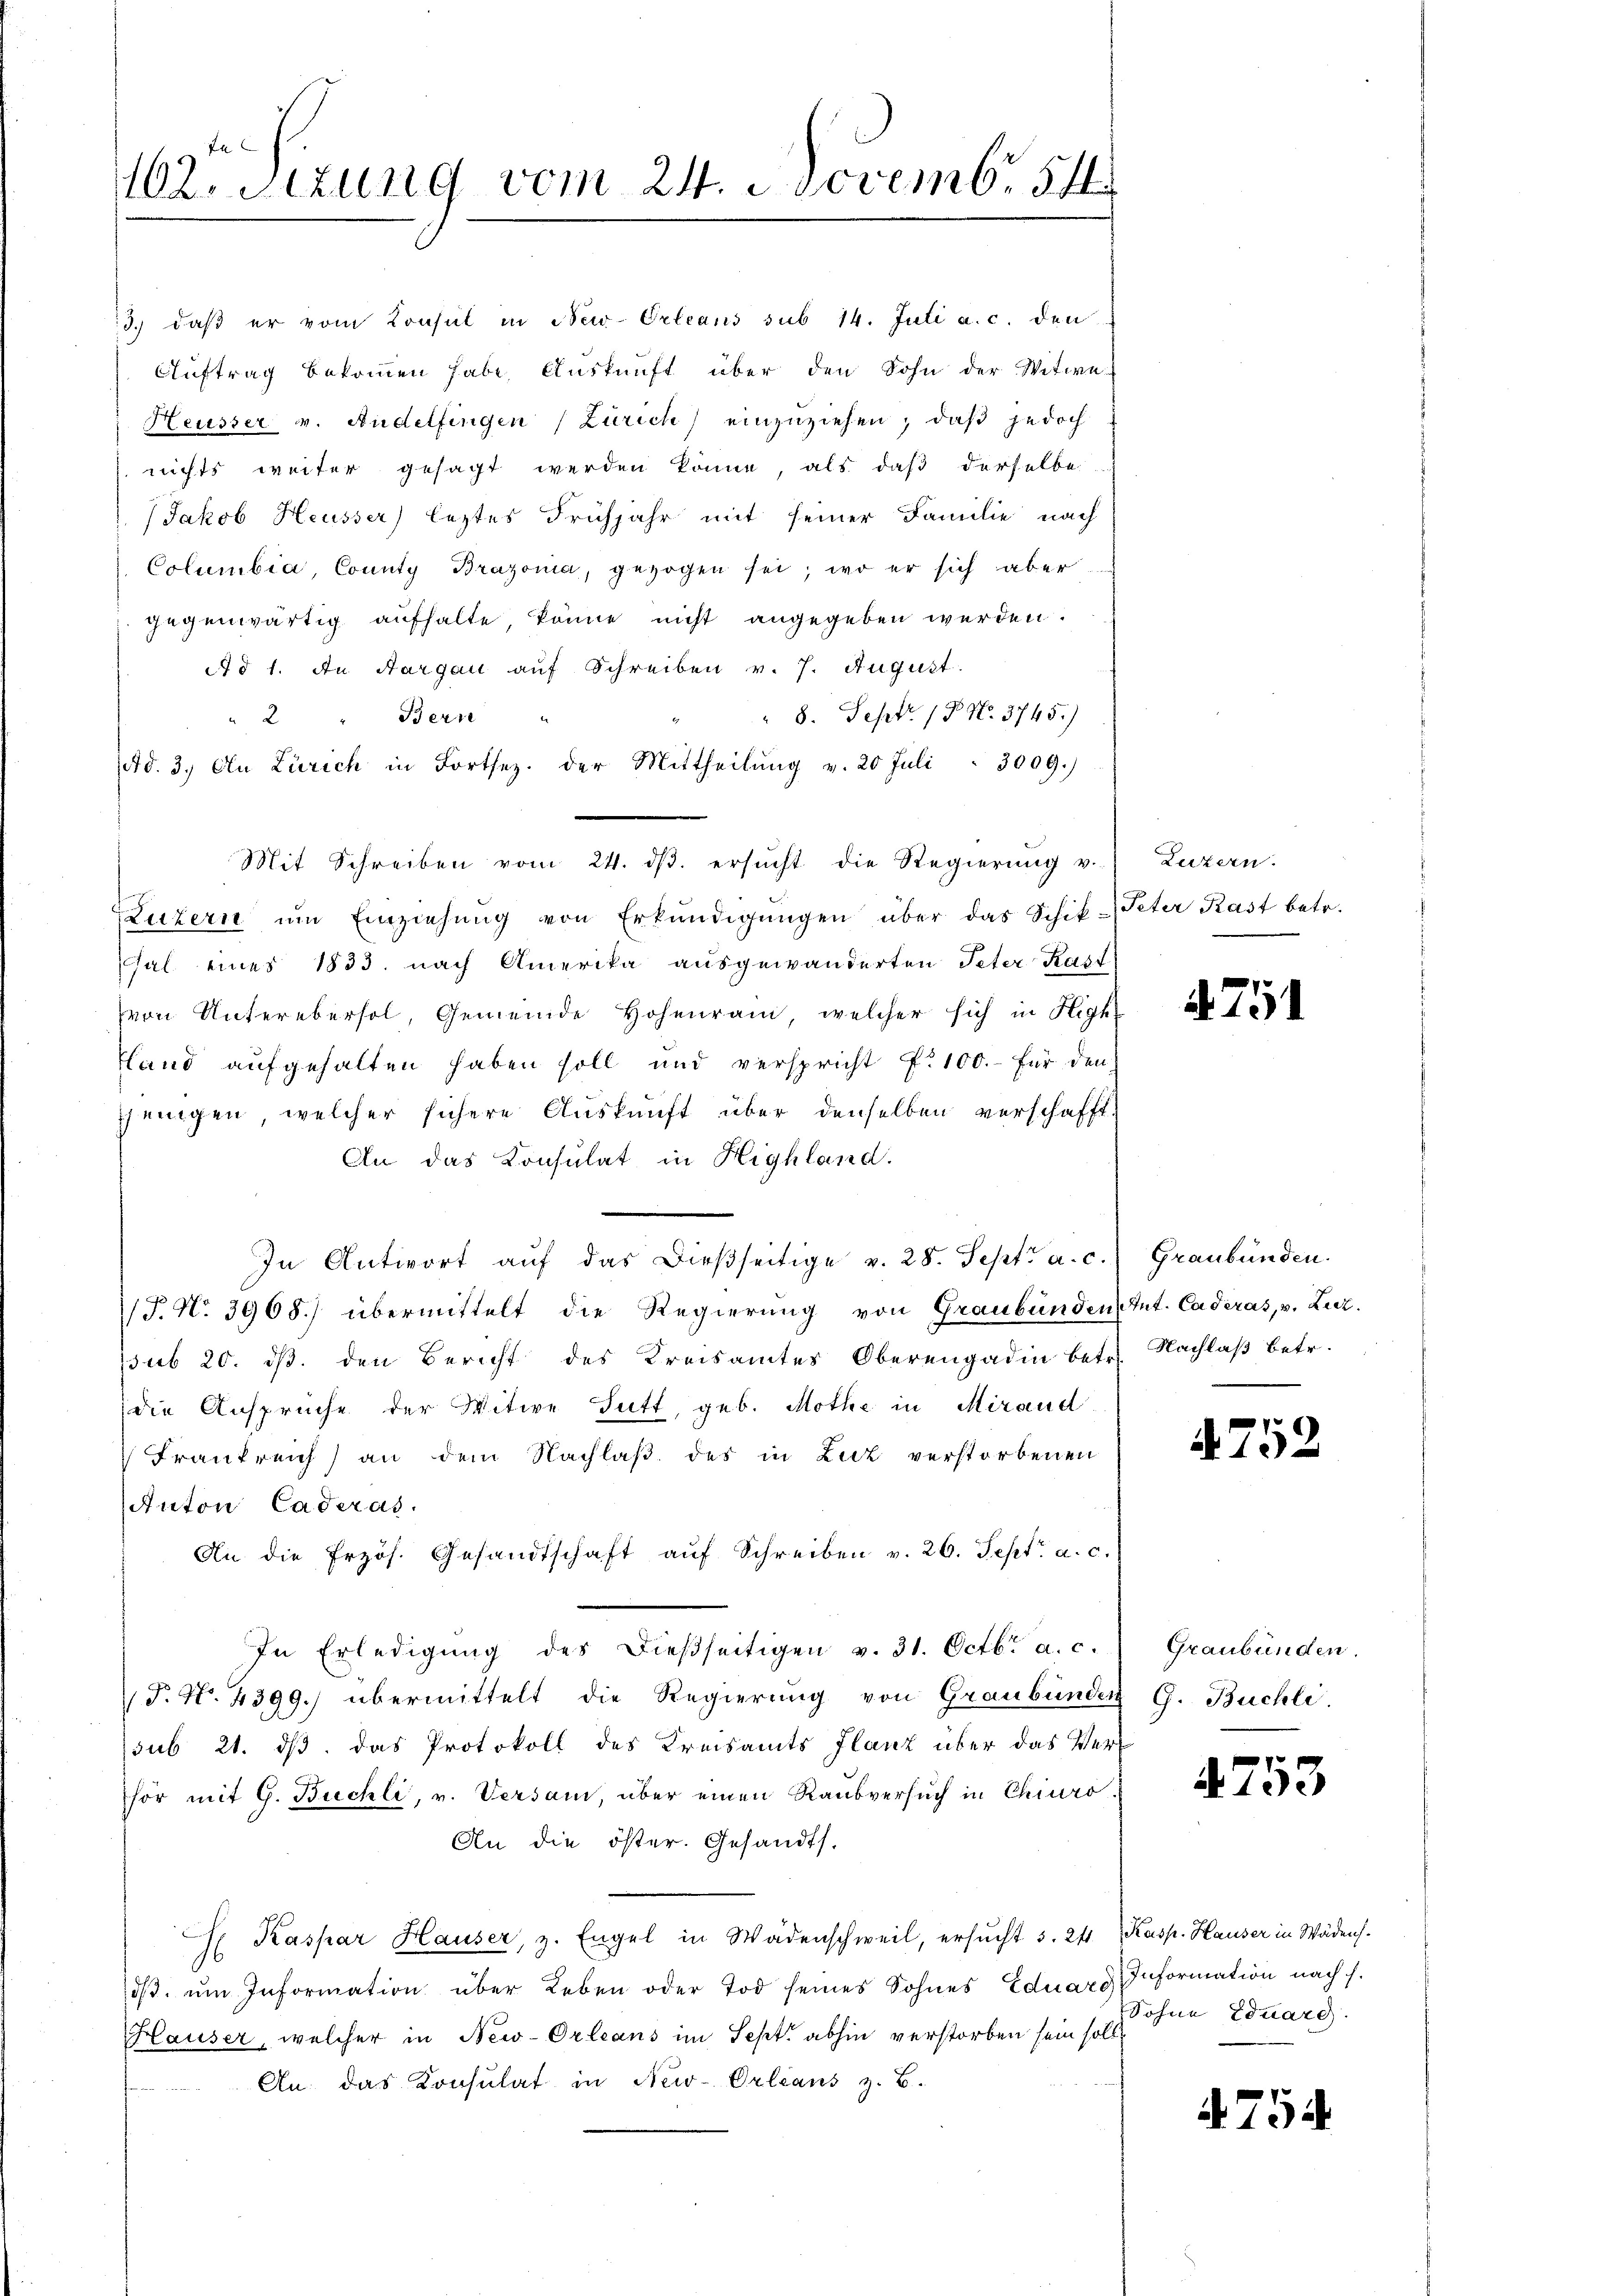
102. Stung vom 24. Novemb. 54.

3.) daß er vom Konsul in New-Orleans sub 14. Juli a. c. den
Auftrag bekommen habe, Auskunft über den Sohn der Witwe
Heusser v. Andelfingen (Zürich) einzuziehen, daß jedoch
nichts weiter gesagt werden könne, als daß derselbe
Jakob Heusser) leztes Frühjahr mit seiner Familie nach
Columbia, County Brazonia, gezogen sei, wo er sich aber
gegenwärtig aufhalte, könne nicht angegeben werden.
Ad 1. An Aargau auf Schreiben v. 7. August.
 8. Sept. 19. No. 3745.)
Berne
2
(Ad. 3. An Zürich in Fortsez. der Mittheilŭng v. 20 Juli 3009.)
Mit Schreiben vom 24. dβ. ersŭcht die Regierŭng v.
Luzern ŭm Einziehŭng von Erkŭndigŭngen über das Schik-Peter Kast betr.
hal eines 1833. nach Amerika ausgewänderten Peter Kast
von Unterebersol, Gemeinde Hohenrain, welcher sich in High¬
Hand aufgehalten haben soll und verspricht f. 100.- für den
sjenigen, welcher sichere Auskunft über denselben verschafft
An das Konsulat in Highland.
In Antwort aŭf das dießseitige v. 28. Sept. a. c.
T. N. 3968) übermittelt die Regierung von Graubünden Ant. Caderas, v. Luz
sub 20. ds. den Bericht des Kreisamtes Oberengadin betr. Nachlaß betr.
die Ansprüche der Witwe Gutt, geb. Mothe in Miraud
Frankreich) an dem Nachlaß des in Luz verstorbenen
Anton Caderas.
An die frzös. Gesandtschaft aŭf Schreiben v. 26. Sept. a. c.
In Erledigung des dießseitigen v. 31. Octbr. a. c.
T. No. 4399.) übermittelt die Regierung von Graubünden
sub 21. ds. das Protokoll des Kreisamts flanz über das Verhör mit G. Buchli, v. Versam, über einen Raubversuch in Chiuro.
An die öster. Gesandts
E Kaspar Hauser, z. Engel in Wädenschweil, ersŭcht 3. 241 Kasp. Hauser in Wädens.
dβ ŭm Information über Leben oder Tod seines Sohnes Eduard
Hauser, welcher in New-Orleans im Sept. abhin verstorben sein soll.
An das Konsulat in New-Orleans z. B.

Luzern.

4751

Graubünden.

475.

.

Graubünden.
G. Buchli

753

Information nach f.
Sohne Eduard

754